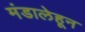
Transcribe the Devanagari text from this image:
मंडालेहून